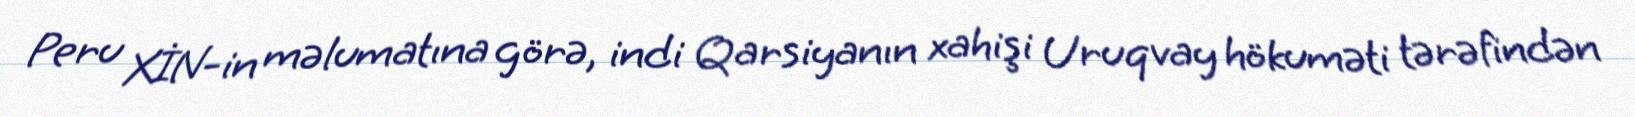
Peru XİN-in məlumatına görə, indi Qarsiyanın xahişi Uruqvay hökuməti tərəfindən